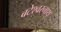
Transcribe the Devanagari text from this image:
बटेश्वरनाथ